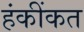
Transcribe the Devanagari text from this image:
हंकींकत